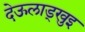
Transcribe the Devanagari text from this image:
देऊलाड्खुइ